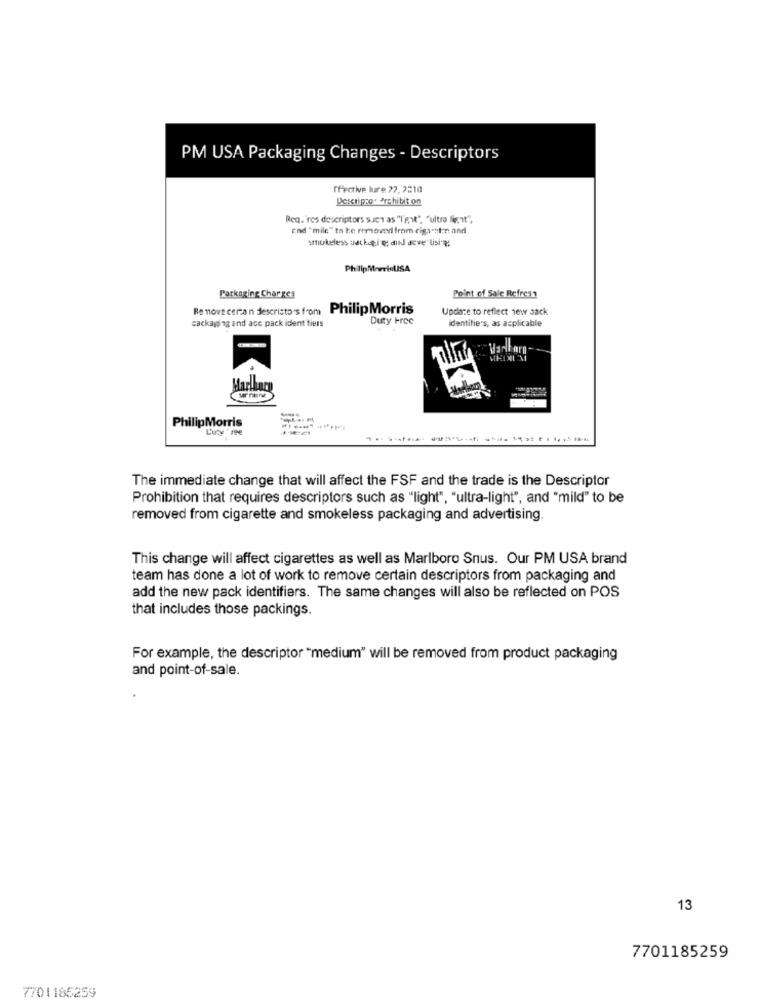
PM USA Packaging Changes - Descriptors
ffective bure 27, 2010
Descriptor archibit on
Req. "res descriptors such as "I'mit", "ultro limit",
End "mile" ta be removed from cigaenten and
smokeless uatkegig din deve lisi' ?;
PhilipMorrisUSA
Point of Sale Refress
Packaging Charges
Re nove cerza n descristo's from
PhilipMorris
Update to reflect new sack
sackaging and ace pack ident tiers
Duty Free
Identities, as acplicable
Marlhary
PhilipMorris
L'uty ' re
The immediate change that will affect the FSF and the trade is the Descriptor
Prohibition that requires descriptors such as "light", "ultra-light", and "mild" to be
removed from cigarette and smokeless packaging and advertising.
This change will affect cigarettes as well as Marlboro Snus. Our PM USA brand
team has done a lot of work to remove certain descriptors from packaging and
add the new pack identifiers. The same changes will also be reflected on POS
that includes those packings.
For example, the descriptor "medium" will be removed from product packaging
and point-of-sale.
13
7701185259
7701166259